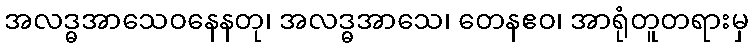
အလဒ္ဓအာသေဝနေနတု၊ အလဒ္ဓအာသေ၊ တေနဧဝ၊ အာရုံတူတရားမှ